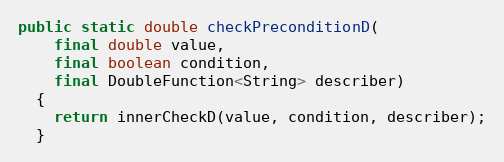
Language: Java
public static double checkPreconditionD(
    final double value,
    final boolean condition,
    final DoubleFunction<String> describer)
  {
    return innerCheckD(value, condition, describer);
  }